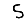
Digit: 5